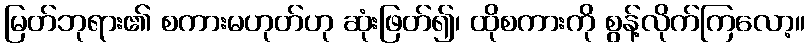
မြတ်ဘုရား၏ စကားမဟုတ်ဟု ဆုံးဖြတ်၍၊ ထိုစကားကို စွန့်လိုက်ကြလော့။